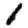
Digit: 1